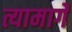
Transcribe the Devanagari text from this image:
त्यामार्गे